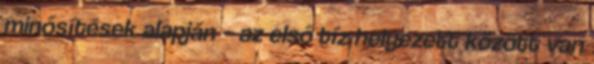
minősítések alapján – az első tíz helyezett között van